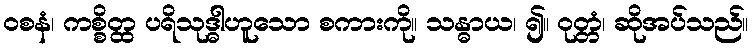
ဝစနံ၊ ကစ္စိတ္ထ ပရိသုဒ္ဓါဟူသော စကားကို။ သန္ဓာယ၊ ၍။ ဝုတ္တံ၊ ဆိုအပ်သည်။